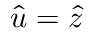
\hat { u } = \hat { z }